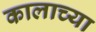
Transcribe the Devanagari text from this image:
कालाच्या